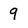
Character: 9